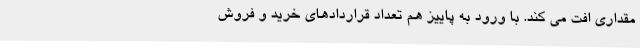
مقداری افت می کند. با ورود به پاییز هم تعداد قراردادهای خرید و فروش